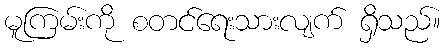
မူကြမ်းကို စတင်ရေးသားလျက် ရှိသည်။